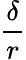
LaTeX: \frac{\delta}{r}